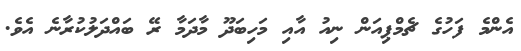
އެންމެ ފަހުގެ ޗެމްޕިއަން ނިއު އާއި މަހިބަދޫ މާދަމާ ރޭ ބައްދަލުކުރާނެ އެވެ.